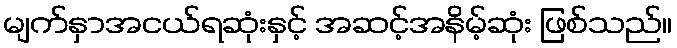
မျက်နှာအငယ်ရဆုံးနှင့် အဆင့်အနိမ့်ဆုံး ဖြစ်သည်။